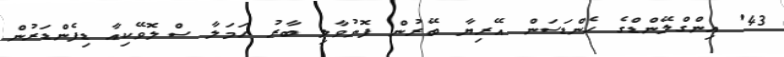
43' އިންގްލޭންޑްގެ ހެންޑަސަން އޭރިޔާ ބޭރުން ފޮނުވާލި ބާރު ހަމަލާ ސްލޮވޭކިއާ ޑިފެންޑަރުން